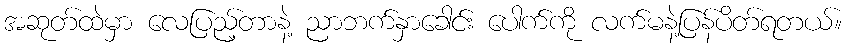
အဆုတ်ထဲမှာ လေပြည့်တာနဲ့ ညာဘက်နှာခေါင်း ပေါက်ကို လက်မနဲ့ပြန်ပိတ်ရတယ်။